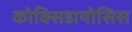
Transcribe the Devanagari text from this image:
कोक्सिडायोसिस